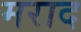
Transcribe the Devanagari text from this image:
मराद